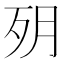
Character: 㱚